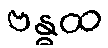
ဗန္ဓထ